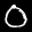
Label: 0